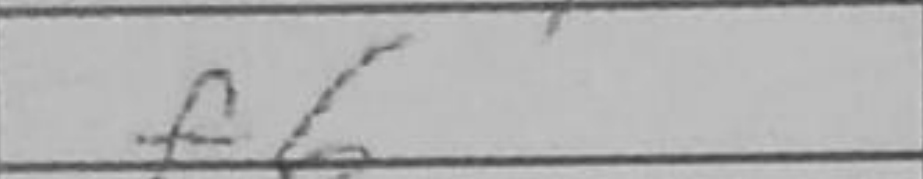
Transcription: f6